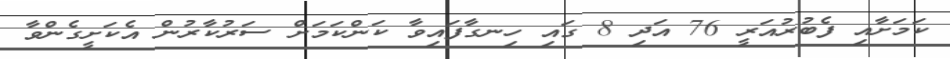
ކަމަށާއި ފެބުރުއަރީ 76 އަދި 8 ގައި ހިނގާފައިވާ ކަންކަމަށް ސަރުކާރުން އެކަށީގެންވާ